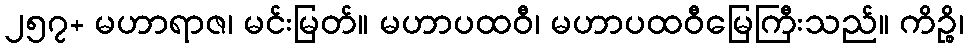
၂၅၇+ မဟာရာဇ၊ မင်းမြတ်။ မဟာပထဝီ၊ မဟာပထဝီမြေကြီးသည်။ ကိဉ္စိ၊